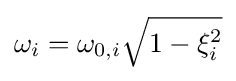
\omega _{i}=\omega _{0,i}{\sqrt {1-\xi _{i}^{2}}}